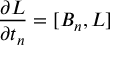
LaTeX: { \frac { \partial { \cal L } } { \partial t _ { n } } } = [ { \cal B } _ { n } , { \cal L } ]